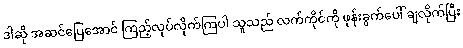
ဒါဆို အဆင်ပြေအောင် ကြည့်လုပ်လိုက်ကြပါ သူသည် လက်ကိုင်ကို ဖုန်းခွက်ပေါ် ချလိုက်ပြီး